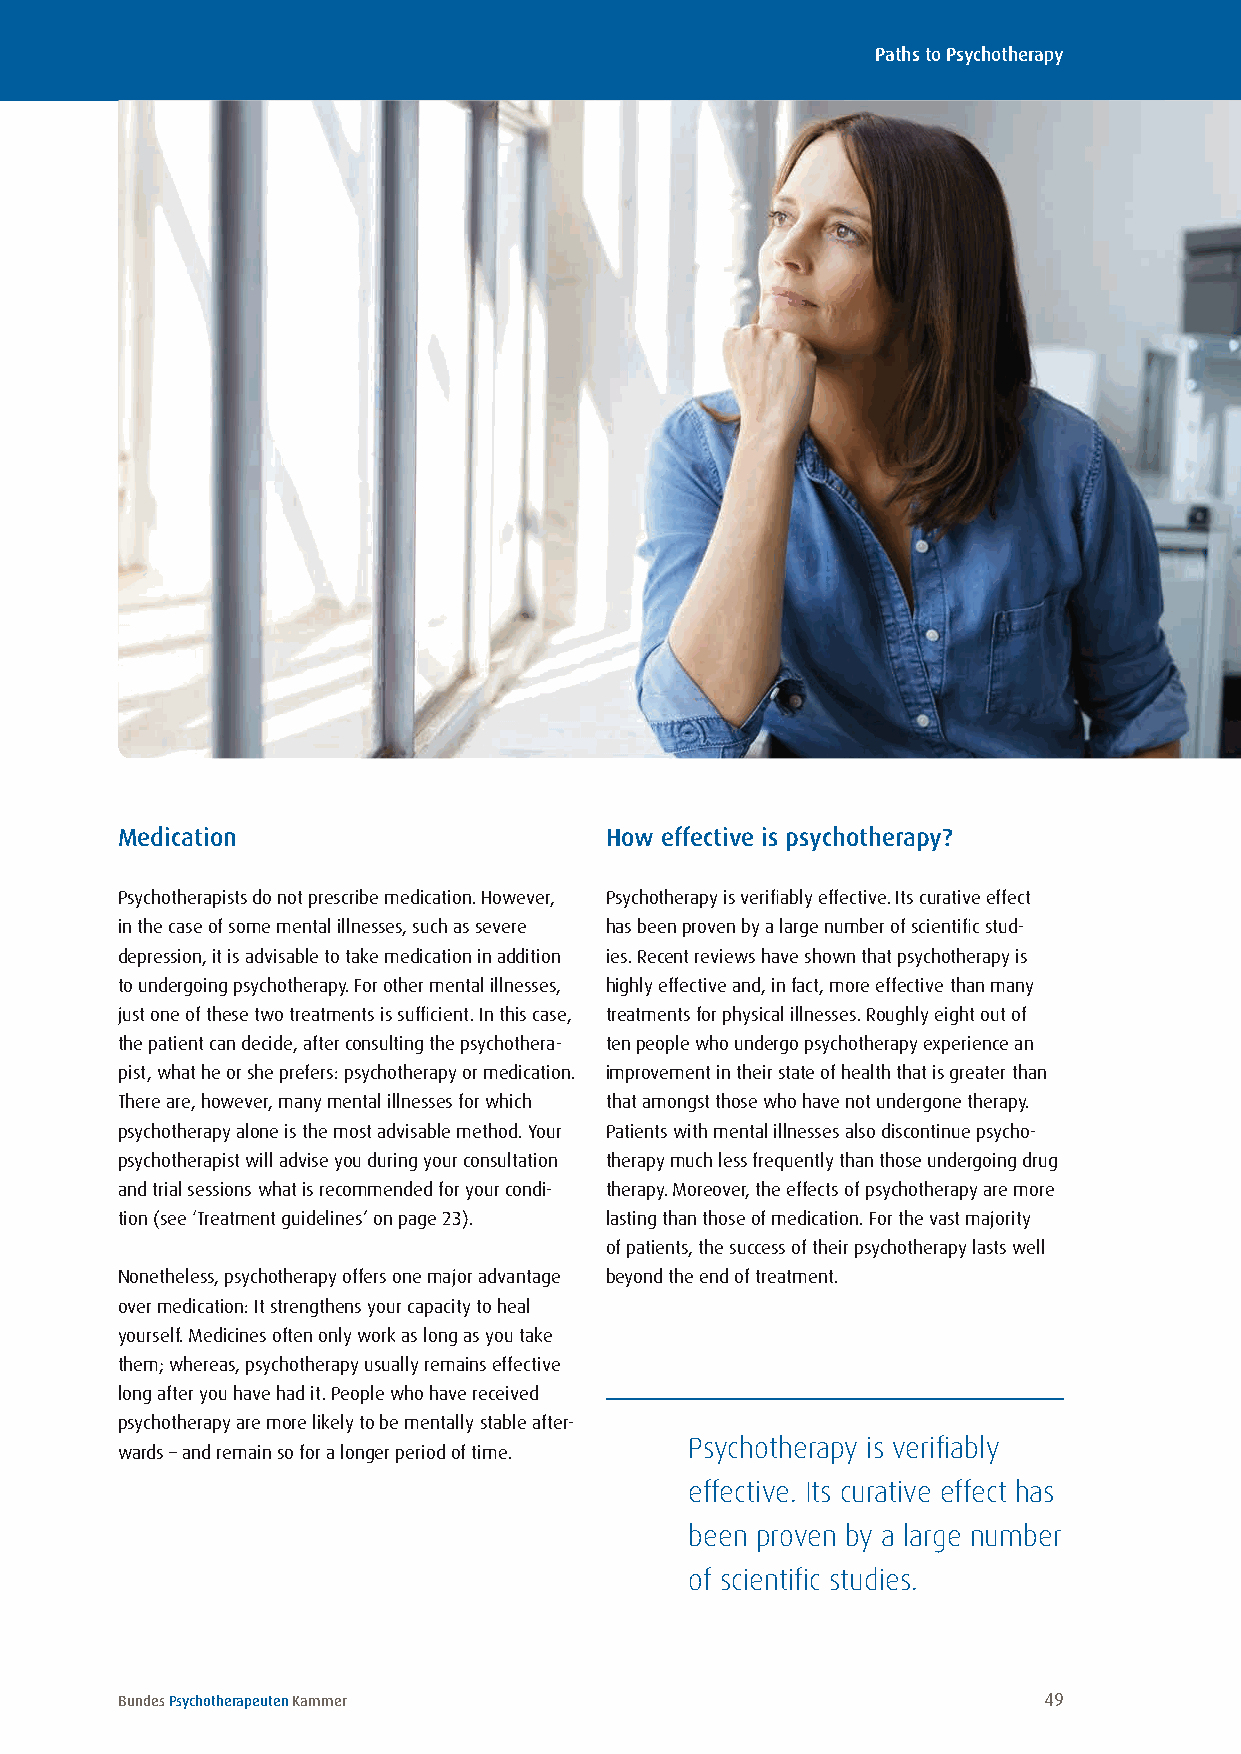
Paths to Psychotherapy
 Medication                      How effective is psychotherapy?
 Psychotherapists do not prescribe medication . However, Psychotherapy is verifiably effective . Its curative effect
 in the case of some mental illnesses, such as severe has been proven by a large number of scientific stud-
 depression, it is advisable to take medication in addition ies . Recent reviews have shown that psychotherapy is
 to undergoing psychotherapy . For other mental illnesses, highly effective and, in fact, more effective than many
 just one of these two treatments is sufficient . In this case, treatments for physical illnesses . Roughly eight out of
 the patient can decide, after consulting the psychothera- ten people who undergo psychotherapy experience an
 pist, what he or she prefers: psychotherapy or medication . improvement in their state of health that is greater than
 There are, however, many mental illnesses for which that amongst those who have not undergone therapy .
 psychotherapy alone is the most advisable method . Your Patients with mental illnesses also discontinue psycho-
 psychotherapist will advise you during your consultation therapy much less frequently than those undergoing drug
 and trial sessions what is recommended for your condi- therapy . Moreover, the effects of psychotherapy are more
 tion (see ‘Treatment guidelines’ on page 23) . lasting than those of medication . For the vast majority
 of patients, the success of their psychotherapy lasts well
 Nonetheless, psychotherapy offers one major advantage beyond the end of treatment .
 over medication: It strengthens your capacity to heal
 yourself . Medicines often only work as long as you take
 them; whereas, psychotherapy usually remains effective
 long after you have had it . People who have received
 psychotherapy are more likely to be mentally stable after-
 Psychotherapy is verifiably
 wards – and remain so for a longer period of time .
 effective. Its curative effect has
 been proven by a large number
 of scientific studies.
 Bundes Psychotherapeuten Kammer                              49